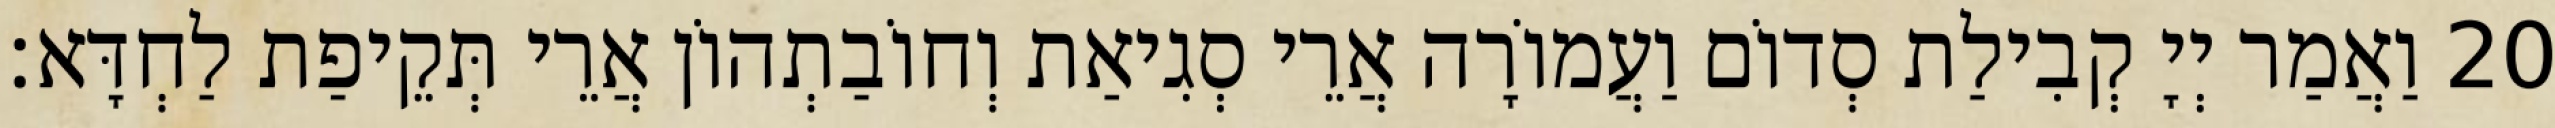
20 וַאֲמַר יְיָ קְבִילַת סְדוֹם וַעֲמוֹרָה אֲרֵי סְגִיאַת וְחוֹבַתְהוֹן אֲרֵי תְּקֵיפַת לַחְדָּא׃